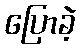
ပြောခဲ့